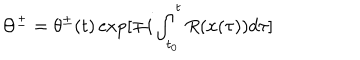
\Theta ^ { \pm } = \theta ^ { \pm } ( t ) \exp [ \mp i \int _ { t _ { 0 } } ^ { t } R ( x ( \tau ) ) d \tau ]